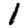
Digit: 1